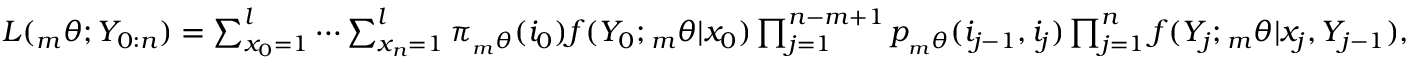
\begin{array} { r } { L ( { _ m \theta } ; Y _ { 0 : n } ) = \sum _ { x _ { 0 } = 1 } ^ { l } \cdots \sum _ { x _ { n } = 1 } ^ { l } \pi _ { _ m \theta } ( i _ { 0 } ) f ( Y _ { 0 } ; { _ m \theta } | x _ { 0 } ) \prod _ { j = 1 } ^ { n - m + 1 } p _ { _ m \theta } ( i _ { j - 1 } , i _ { j } ) \prod _ { j = 1 } ^ { n } f ( Y _ { j } ; { _ m \theta } | x _ { j } , Y _ { j - 1 } ) , } \end{array}